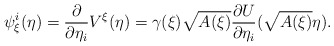
\begin{align*}\psi_{\xi}^{i}(\eta)=\frac{\partial}{\partial\eta_{i}}V^{\xi}(\eta)=\gamma(\xi)\sqrt{A(\xi)}\frac{\partial U}{\partial\eta_{i}}(\sqrt{A(\xi)}\eta).\end{align*}